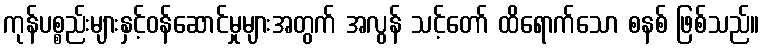
ကုန်ပစ္စည်းများနှင့်ဝန်ဆောင်မှုများအတွက် အလွန် သင့်တော် ထိရောက်သော စနစ် ဖြစ်သည်။